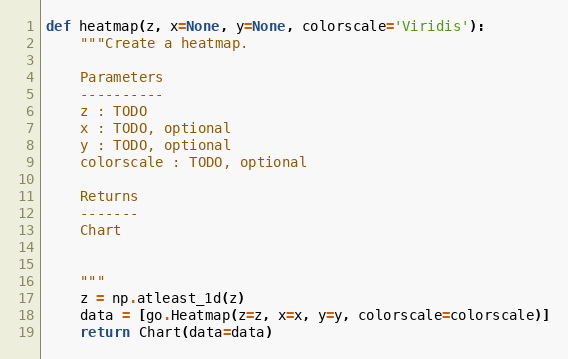
Language: Python
def heatmap(z, x=None, y=None, colorscale='Viridis'):
    """Create a heatmap.

    Parameters
    ----------
    z : TODO
    x : TODO, optional
    y : TODO, optional
    colorscale : TODO, optional

    Returns
    -------
    Chart

    """
    z = np.atleast_1d(z)
    data = [go.Heatmap(z=z, x=x, y=y, colorscale=colorscale)]
    return Chart(data=data)